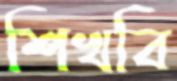
শিখবি